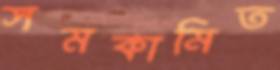
সমকামিত